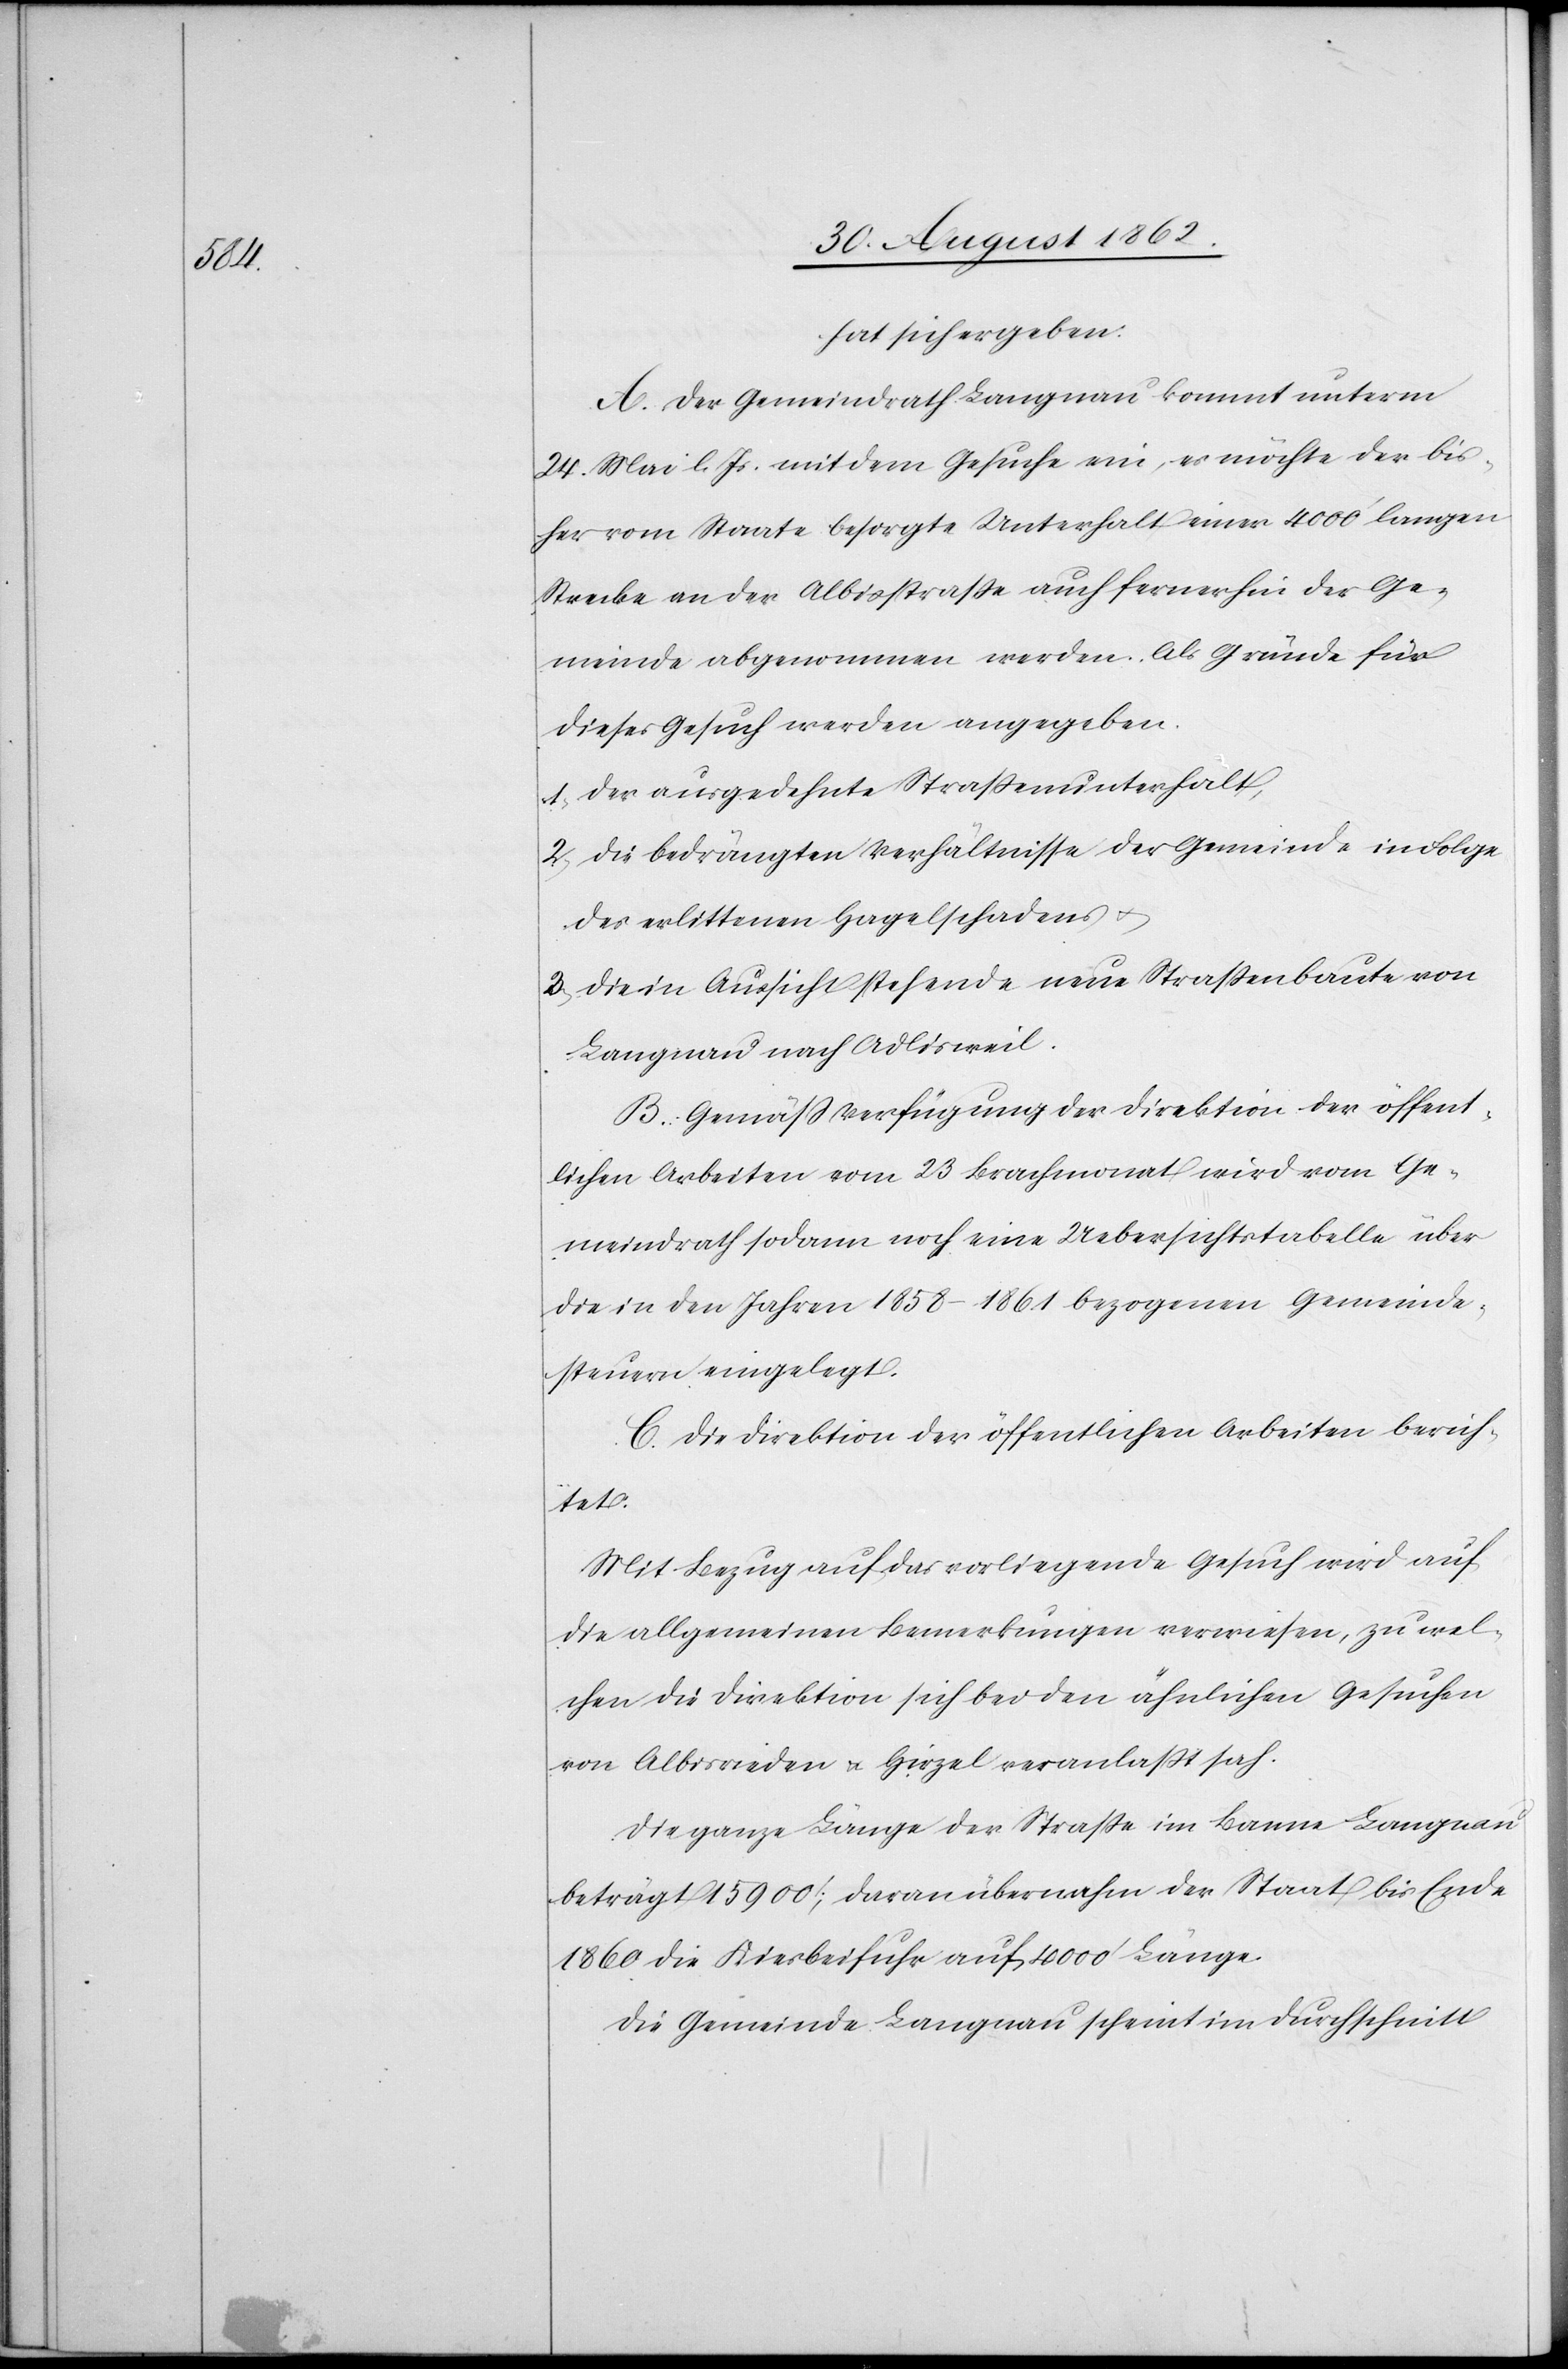
hat sich ergeben:
A. Der Gemeindrath Langnau kommt unterm
24. Mai l. Js. mit dem Gesuch ein, es möchte der bis¬
her vom Staate besorgte Unterhalt einer 4000’ langen
Strecke an der Albisstraße auch fernerhin der Ge¬
meinde abgenommen werden. Als Gründe für
dieses Gesuch werden angegeben.
1. der ausgedehnte Straßenunterhalt,
2. die bedrängten Verhältnisse der Gemeinde in Folge
des erlittenen Hagelschadens u.
3. die in Aussicht stehende neue Straßenbaute von
Langnau nach Adlisweil.
B. Gemäß Verfügung der Direktion der öffent¬
lichen Arbeiten vom 23. Brachmonat wird vom Ge¬
meindrath sodann noch eine Uebersichtstabelle über
die in den Jahren 1858–1861 bezogenen Gemeinde¬
steuern eingelegt.
C. Die Direktion der öffentlichen Arbeiten berich¬
tet.
Mit Bezug auf das vorliegende Gesuch wird auf
die allgemeinen Bemerkungen verwiesen, zu wel¬
chen die Direktion sich bei den ähnlichen Gesuchen
von Albisrieden u. Hirzel veranlaßt sah.
Die ganze Länge der Straße im Banne Langnau
beträgt 15 900’; daran übernahm der Staat bis Ende
1860 die Kiesbeifuhr auf 4000’ Länge.
Die Gemeinde Langnau scheint im Durchschnitt